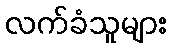
လက်ခံသူများ